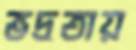
ভদ্রতায়